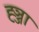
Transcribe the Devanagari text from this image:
ह्ञ्जा